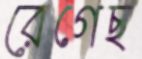
রেগেছ